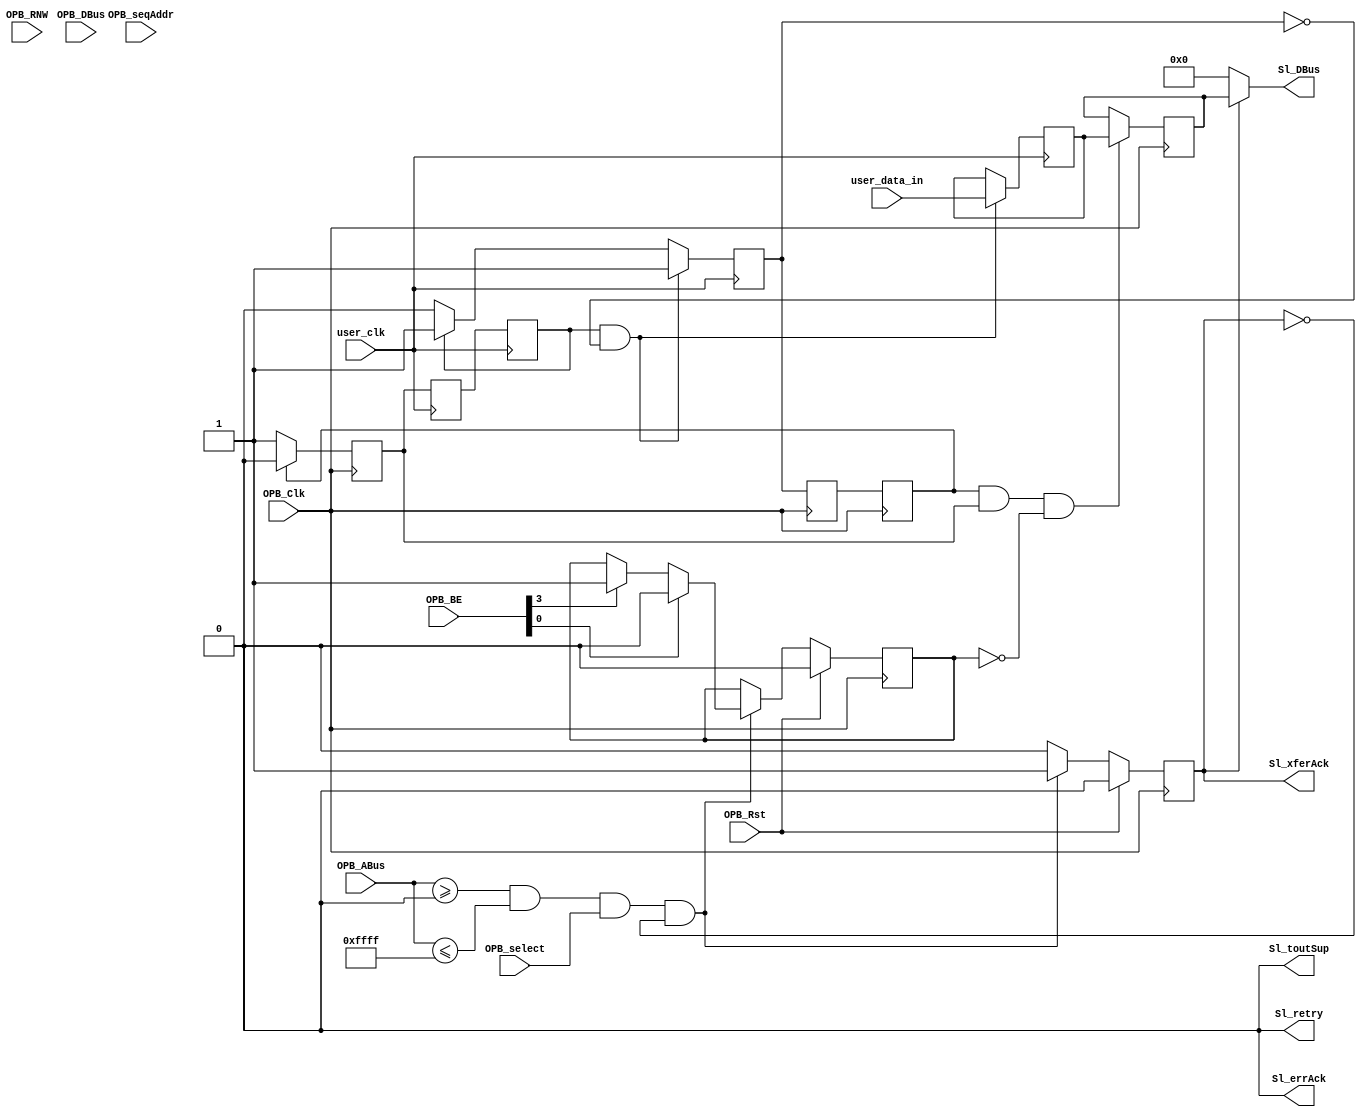
module opb_register_simulink2ppc #(
    parameter C_BASEADDR   = 32'h00000000,
    parameter C_HIGHADDR   = 32'h0000FFFF,
    parameter C_OPB_AWIDTH = 0,
    parameter C_OPB_DWIDTH = 0,
    parameter C_FAMILY     = "default"
  ) (
    input         OPB_Clk,
    input         OPB_Rst,
    output [0:31] Sl_DBus,
    output        Sl_errAck,
    output        Sl_retry,
    output        Sl_toutSup,
    output        Sl_xferAck,
    input  [0:31] OPB_ABus,
    input  [0:3]  OPB_BE,
    input  [0:31] OPB_DBus,
    input         OPB_RNW,
    input         OPB_select,
    input         OPB_seqAddr,
    input         user_clk,
    input  [31:0] user_data_in
  );

  /* Handshake signal from OPB to application indicating new data should be latched */
  reg register_request;
  /* Handshake signal from application to OPB indicating data has been latched */
  reg register_ready;

  assign Sl_toutSup = 1'b0;
  assign Sl_retry   = 1'b0;
  assign Sl_errAck  = 1'b0;

  reg Sl_xferAck_reg;
  assign Sl_xferAck = Sl_xferAck_reg;

  wire a_match = OPB_ABus >= C_BASEADDR && OPB_ABus <= C_HIGHADDR;
  wire [31:0] a_trans = OPB_ABus - C_BASEADDR;

  /* Application clock domain data buffer */
  reg [31:0] user_data_in_reg;
  /* OPB clock domain data buffer */
  reg [31:0] register_buffer;

  reg register_readyR;
  reg register_readyRR;

  /* Lock the buffer when the top half is read,
     unlock the buffer when the bottom half is read */
  reg buf_lock;

  always @(posedge OPB_Clk) begin
    //single cycle signals
    Sl_xferAck_reg  <= 1'b0;

    register_readyR  <= register_ready;
    register_readyRR <= register_readyR;

    if (OPB_Rst) begin
      register_request <= 1'b0;
      buf_lock <= 1'b0;
    end else if (a_match && OPB_select && !Sl_xferAck_reg) begin
      Sl_xferAck_reg <= 1'b1;
      if (OPB_BE[0])
        buf_lock <= 1'b1;

      if (OPB_BE[3])
        buf_lock <= 1'b0;
        
    end

    if (register_readyRR) begin
      register_request <= 1'b0;
    end

    if (register_readyRR && register_request && !buf_lock) begin
      /* only latch the data when the buffer is not locked */
      register_buffer <= user_data_in_reg;
    end

    if (!register_readyRR) begin
      /* always request the buffer */
      register_request <= 1'b1;
    end
  end

  reg [0:31] Sl_DBus_reg;
  assign Sl_DBus = Sl_DBus_reg;

  always @(*) begin
    if (!Sl_xferAck_reg) begin
      Sl_DBus_reg <= 32'b0;
    end else begin
      Sl_DBus_reg[0:31] <= register_buffer;
    end
  end

  reg register_requestR;
  reg register_requestRR;

  always @(posedge user_clk) begin
    register_requestR  <= register_request;
    register_requestRR <= register_requestR;

    if (register_requestRR) begin
      register_ready <= 1'b1;
    end

    if (!register_requestRR) begin
      register_ready <= 1'b0;
    end

    if (register_requestRR && !register_ready) begin
      register_ready <= 1'b1;
      user_data_in_reg <= user_data_in;
    end
  end
endmodule